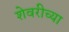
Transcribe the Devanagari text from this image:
शेवरीच्या